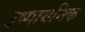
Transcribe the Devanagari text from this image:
उष्मायनिक